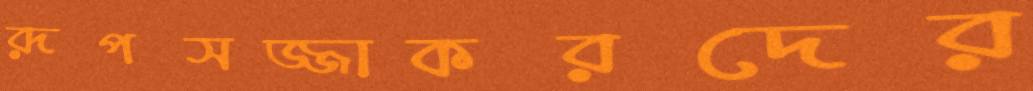
রূপসজ্জাকরদের